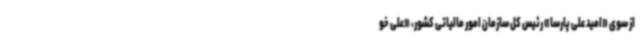
از سوی «امید علی پارسا» رئیس کل سازمان امور مالیاتی کشور، «علی خو